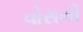
વોસની